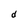
Character: d